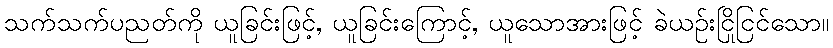
သက်သက်ပညတ်ကို ယူခြင်းဖြင့်, ယူခြင်းကြောင့်, ယူသောအားဖြင့် ခဲယဉ်းငြိုငြင်သော။